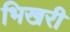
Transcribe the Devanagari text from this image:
भिखरी